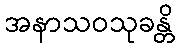
အနာသဝသုခန္တိ